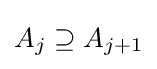
A_{j}\supseteq A_{j+1}